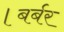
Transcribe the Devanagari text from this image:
।बर्बर